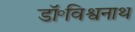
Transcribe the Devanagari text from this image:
डॉ॰विश्वनाथ